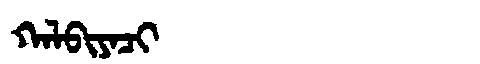
Manchu: ᡴᠠᠯᠪᡳᠶᠠᠴᡳ
Romanization: KALBIYACI